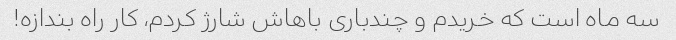
سه ماه است که خریدم و چندباری باهاش شارژ کردم، کار راه بندازه!